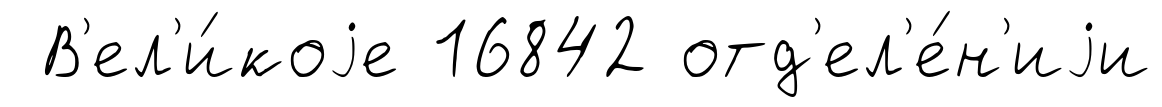
В'ел'и́коjе 16842 отд'ел'е́н'иjи